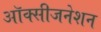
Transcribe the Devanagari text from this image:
ऑक्सीजनेशन